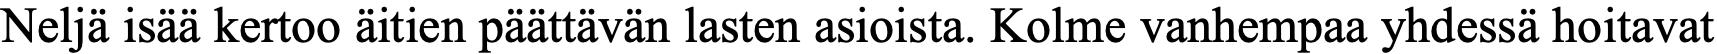
Neljä isää kertoo äitien päättävän lasten asioista. Kolme vanhempaa yhdessä hoitavat